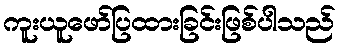
ကူးယူဖော်ပြထားခြင်းဖြစ်ပါသည်